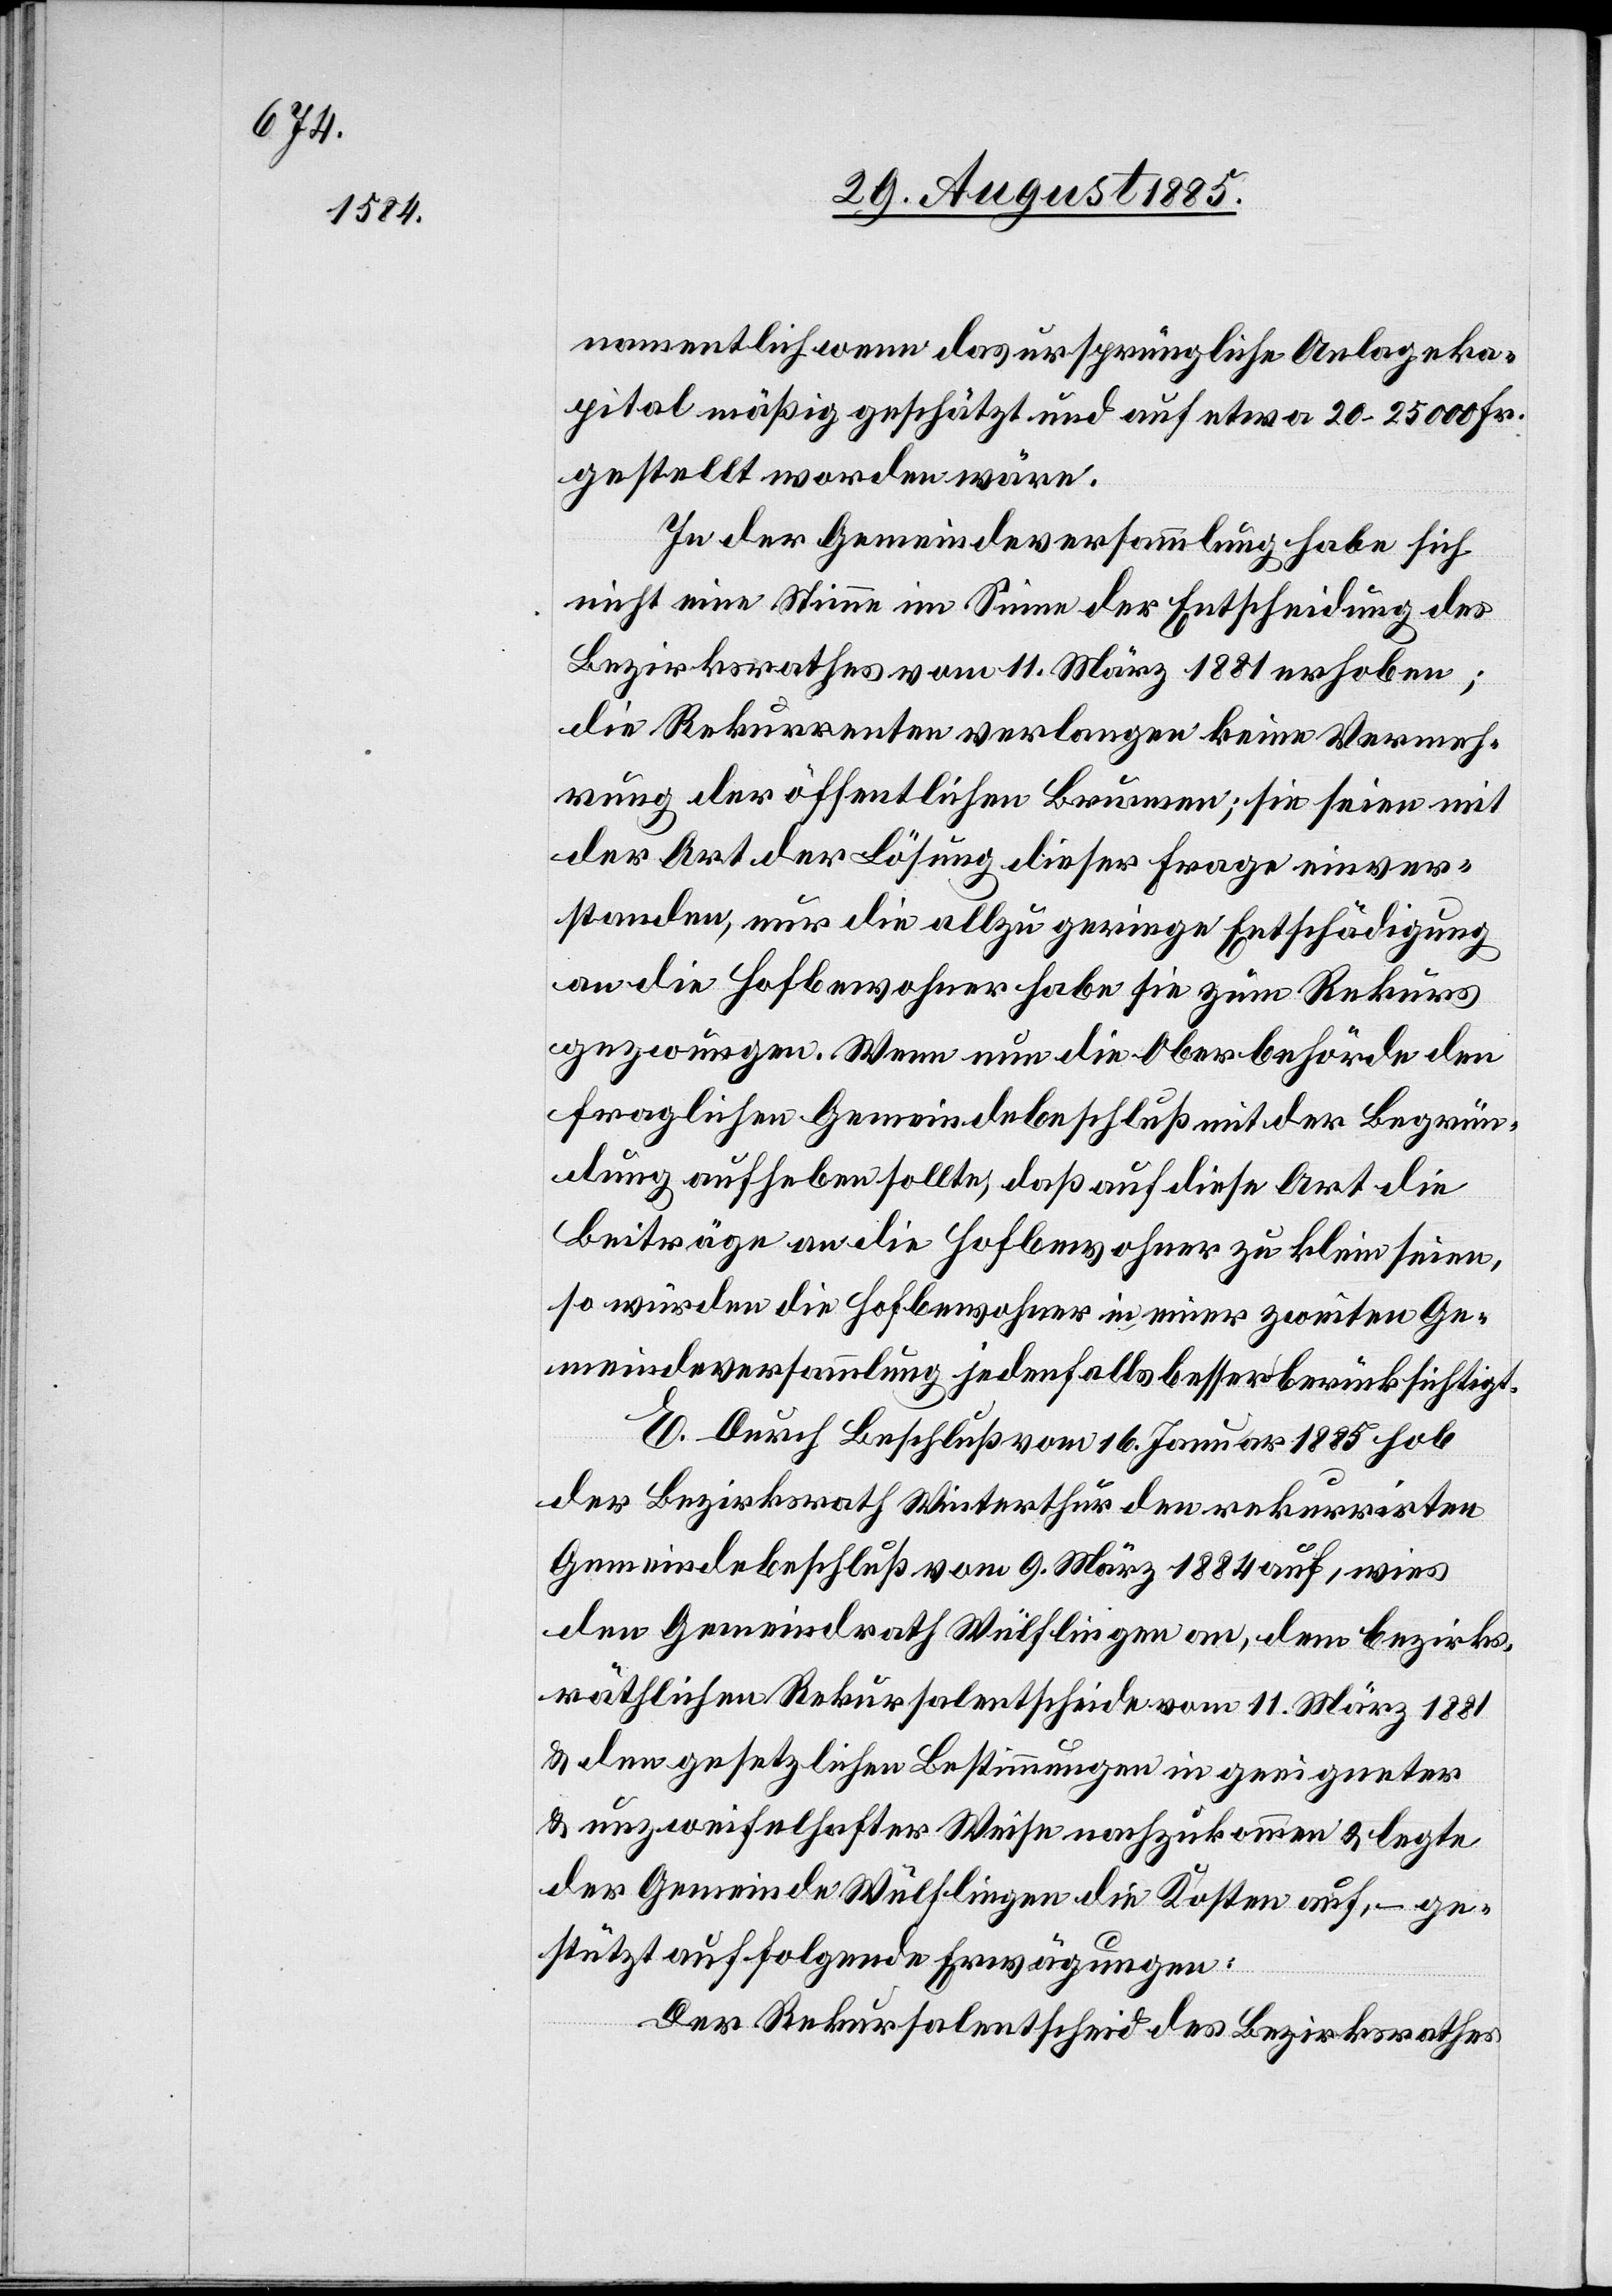
namentlich wenn das ursprüngliche Anlageka¬
pital mäßig geschätzt und auf etwa 20–25 000 Fr.
gestellt worden wäre.
In der Gemeindeversammlung habe sich
nicht eine Stimme im Sinne der Entscheidung des
Bezirksrathes vom 11. März 1881 erhoben;
die Rekurrenten verlangen keine Vermeh¬
rung der öffentlichen Brunnen; sie seien mit
der Art der Lösung dieser Frage einver¬
standen, nur die allzu geringe Entschädigung
an die Hofbewohner habe sie zum Rekurs
gezwungen. Wenn nun die Oberbehörde den
fraglichen Gemeindebeschluß mit der Begrün¬
dung aufheben sollte, daß auf diese Art die
Beiträge an die Hofbewohner zu klein seien,
so würden die Hofbewohner in einer zweiten Ge¬
meindeversammlung jedenfalls besser berücksichtigt.
E. Durch Beschluß vom 16. Januar 1885 hob
der Bezirksrath Winterthur den rekurrirten
Gemeindebeschluß vom 9. März 1884 auf, wies
den Gemeindrath Wülflingen an, dem bezirks¬
räthlichen Rekursalentscheide vom 11. März 1881
& den gesetzlichen Bestimmungen in geeigneter
& unzweifelhafter Weise nachzukommen & legte
der Gemeinde Wülflingen die Kosten auf, – ge¬
stützt auf folgende Erwägungen:
Der Rekursalentscheid des Bezirksrathes